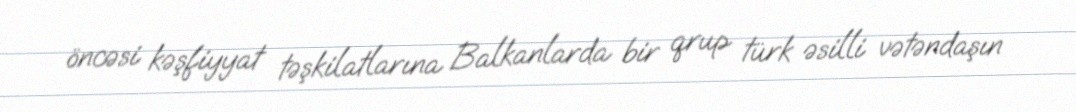
öncəsi kəşfiyyat təşkilatlarına Balkanlarda bir qrup türk əsilli vətəndaşın